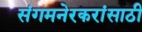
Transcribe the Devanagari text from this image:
संगमनेरकरांसाठी